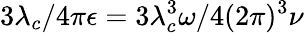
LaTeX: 3\lambda_{c}/4\pi\epsilon=3\lambda_{c}^{3}\omega/4(2\pi)^{3}\nu